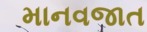
માનવજાત